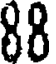
88